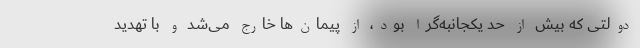
دولتی که بیش از حد یکجانبه‌گرا بود، از پیمان‌ها خارج می‌شد و با تهدید